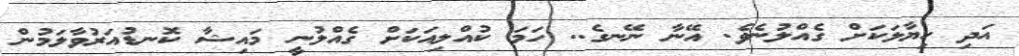
އަދި ހިޔާލަކަށް ގެއްލުނެވެ. އޭނާ ނޭނގެ.. ހަމަ ކުއްލިއަކަށް ގެއްލުނީ މައިޝާ ކޮނޑުއަރުވާލަމުން